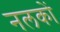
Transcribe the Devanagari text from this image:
नलकों